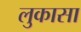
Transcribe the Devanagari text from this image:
लुकासा